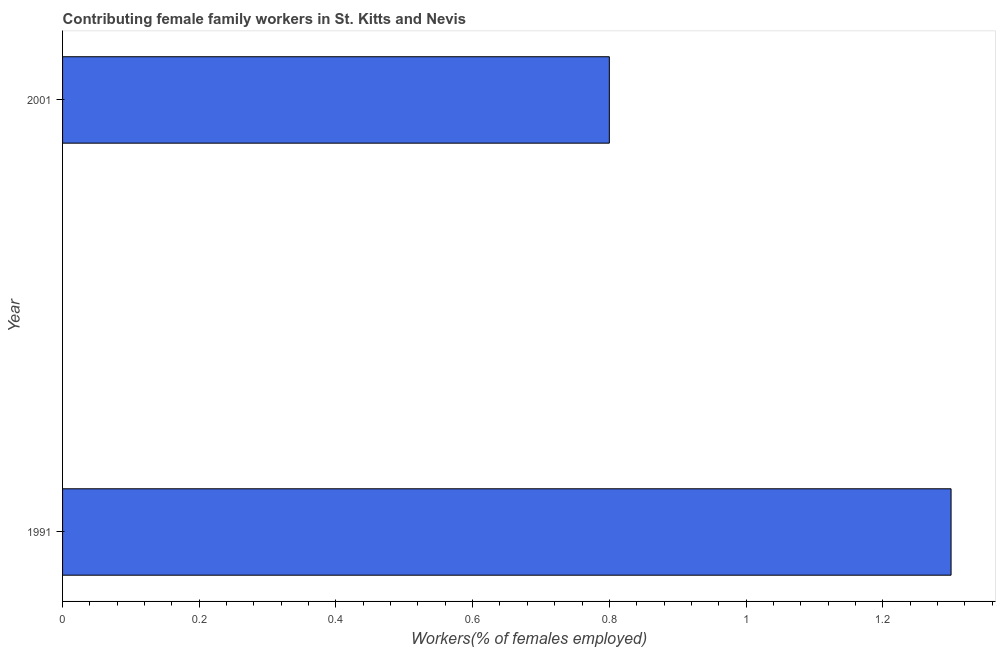
| Year | Contributing family workers |
 | --- | --- |
 | 1991 | 1.3 |
 | 2001 | 0.8 |